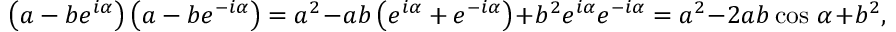
\left( a - b e ^ { i \alpha } \right) \left( a - b e ^ { - i \alpha } \right) = a ^ { 2 } - a b \left( e ^ { i \alpha } + e ^ { - i \alpha } \right) + b ^ { 2 } e ^ { i \alpha } e ^ { - i \alpha } = a ^ { 2 } - 2 a b \cos \, \alpha + b ^ { 2 } ,